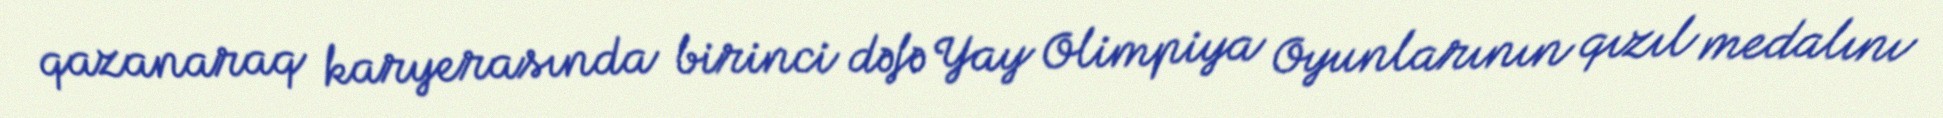
qazanaraq karyerasında birinci dəfə Yay Olimpiya Oyunlarının qızıl medalını